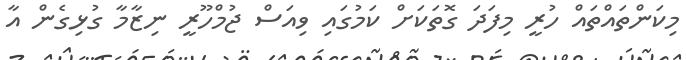
މިކަންތައްތައް ހުރީ މިފަދަ ގޮތަކަށް ކަމުގައި ވިއަސް ޖުމްހޫރީ ނިޒާމާ ގުޅިގެން އާ